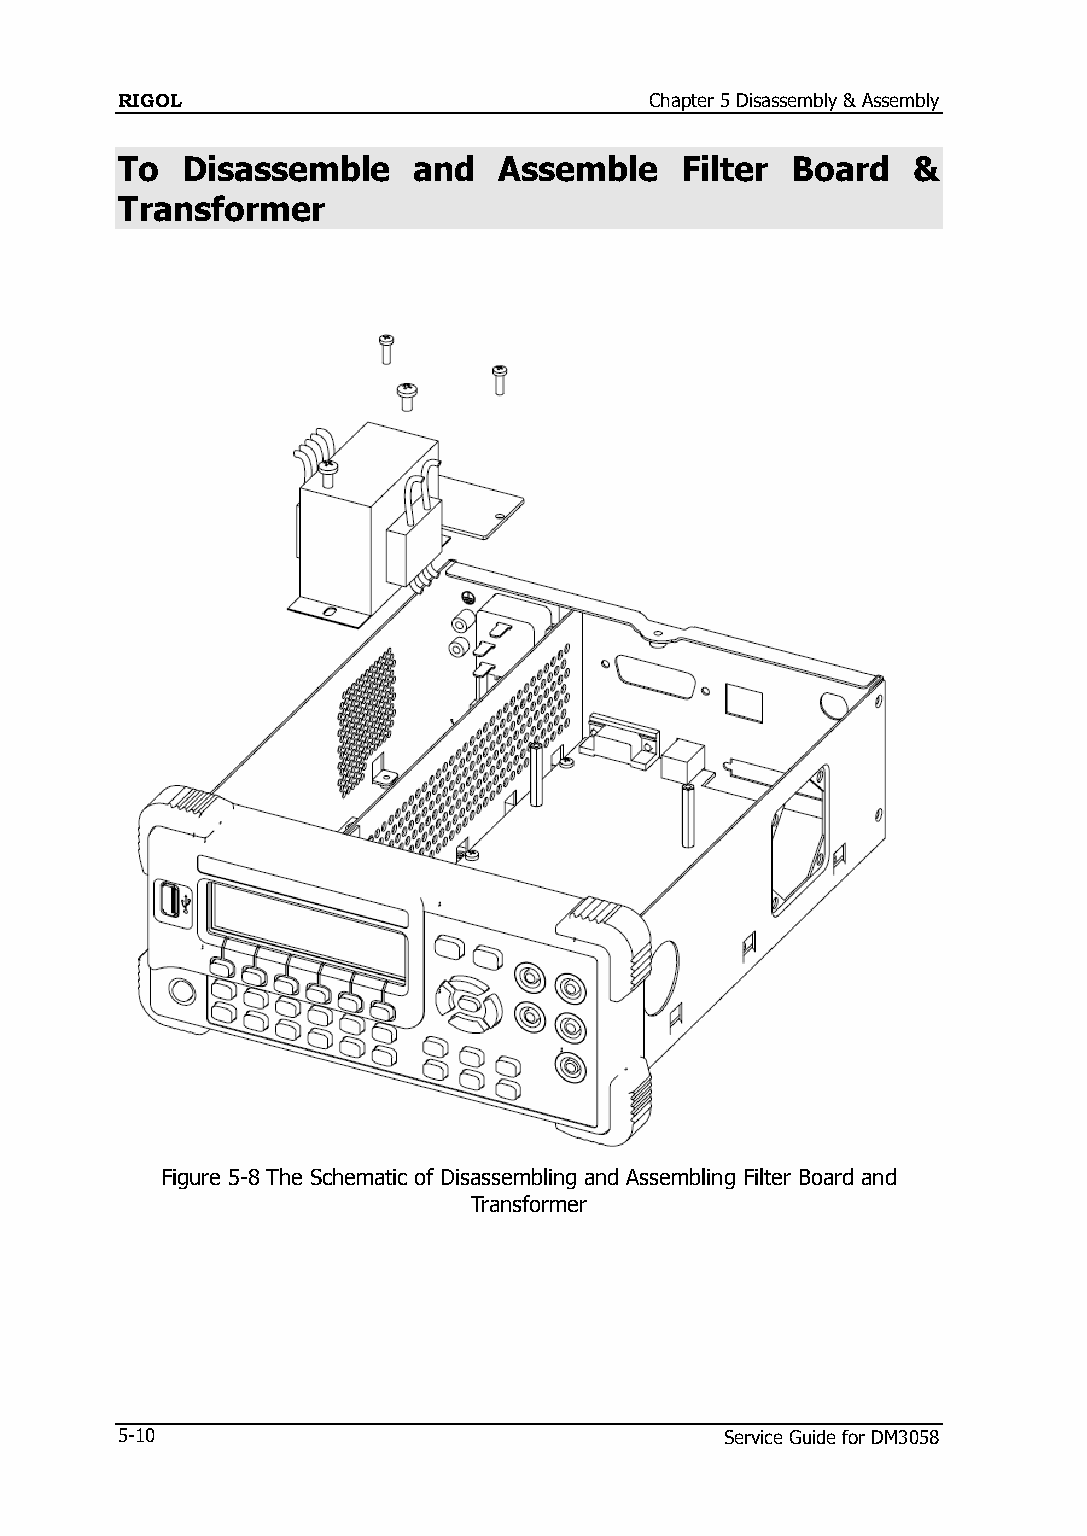
RIGOL                              Chapter 5 Disassembly & Assembly
 To  Disassemble    and   Assemble    Filter Board   &
 Transformer
 Figure 5-8 The Schematic of Disassembling and Assembling Filter Board and
 Transformer
 5-10                                    Service Guide for DM3058